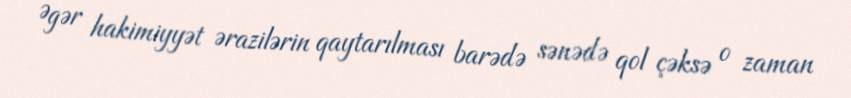
Əgər hakimiyyət ərazilərin qaytarılması barədə sənədə qol çəksə o zaman